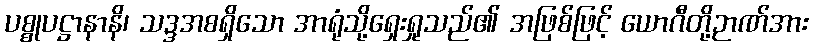
ပစ္စုပဋ္ဌာနာနိ၊ သဒ္ဒအစရှိသော အာရုံသို့ရှေးရှုသည်၏ အဖြစ်ဖြင့် ယောဂီတို့ဉာဏ်အား